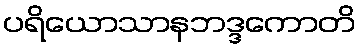
ပရိယောသာနဘဒ္ဒကောတိ